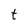
Character: t